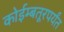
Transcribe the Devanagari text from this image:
कोईम्बतूरपर्यंत